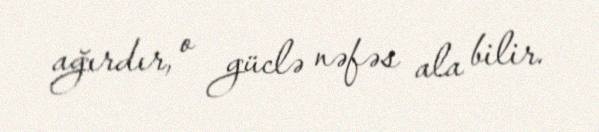
ağırdır, o güclə nəfəs ala bilir.